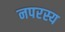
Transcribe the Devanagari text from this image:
नपरस्य